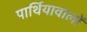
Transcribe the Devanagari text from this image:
पार्थियावालों